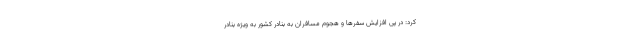
کرد: در پی افزایش سفرها و هجوم مسافران به بنادر کشور به ویژه بنادر